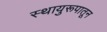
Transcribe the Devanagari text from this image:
स्थायुरूपातून